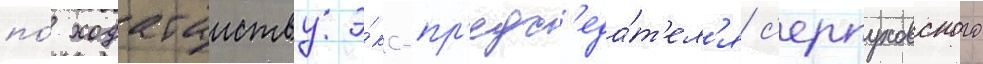
по́ ходатаиству э́кс-пр'едс'еда́т'ел'я с'ерпуховского